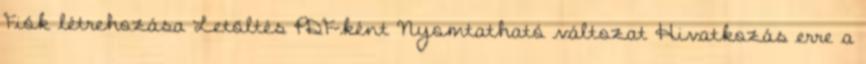
Fiók létrehozása Letöltés PDF-ként Nyomtatható változat Hivatkozás erre a